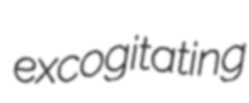
excogitating